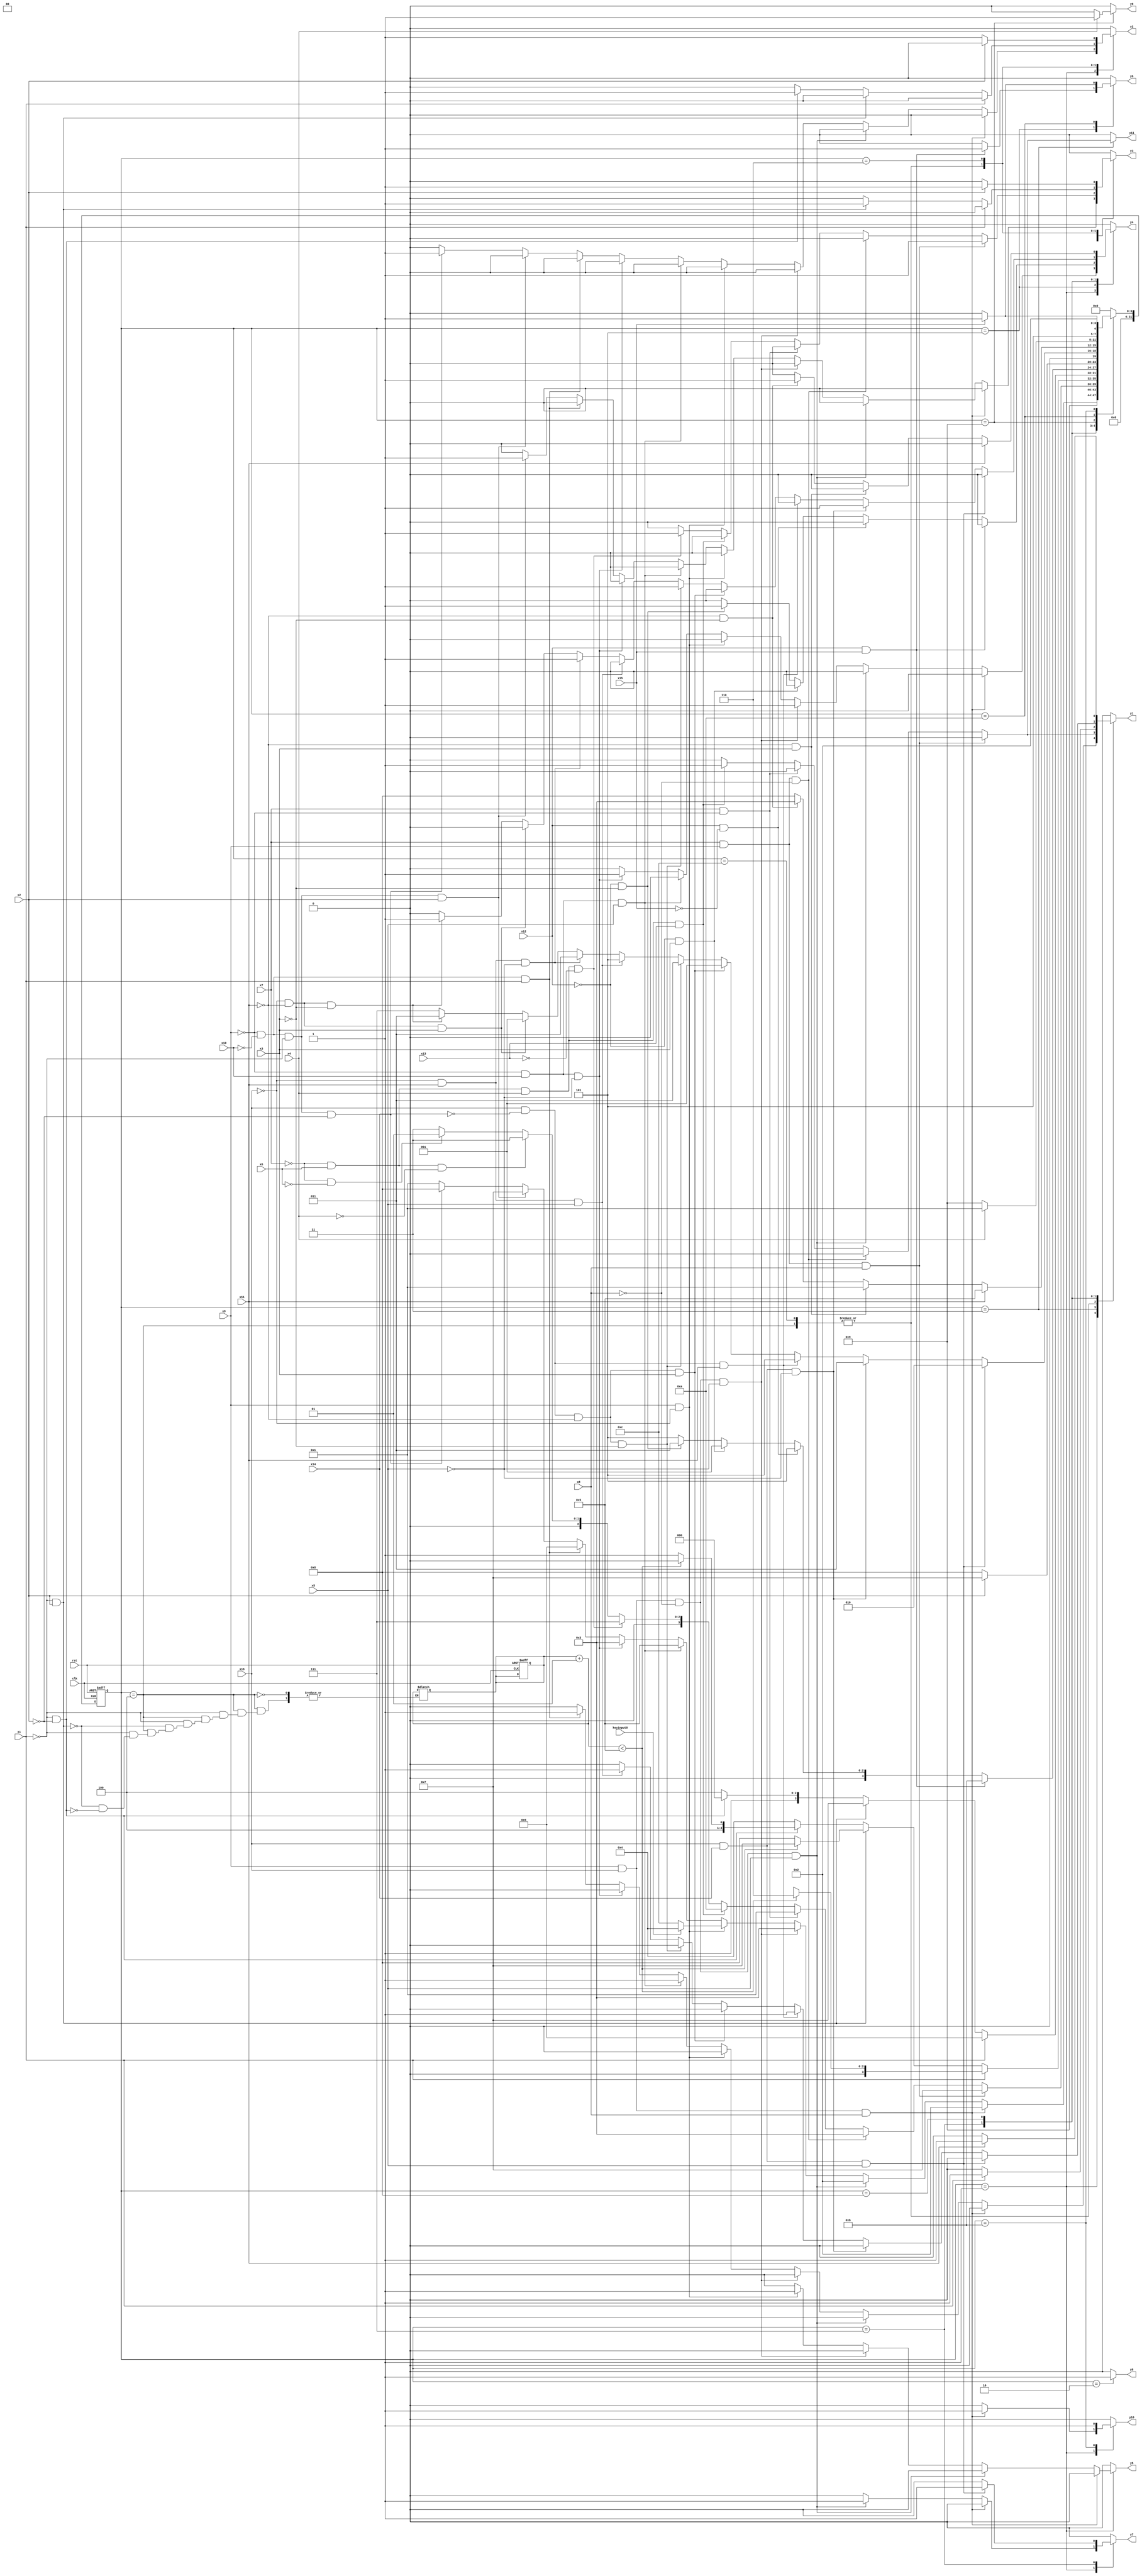
module e191 ( clk,rst,
	x1, x2, x3, x4, x5, x6, x7, x8, x9, x10, x11, x12, x13, x14, x15,
	x16, keyinput0, 
	y1, y2, y3, y4, y5, y6, y7, y8, y9, y10, y11);

input clk, rst, x1, x2, x3, x4, x5, x6, x7, x8, x9, x10, x11, x12, x13, x14, x15,
	x16, keyinput0;
output y1, y2, y3, y4, y5, y6, y7, y8, y9, y10, y11;
reg y1, y2, y3, y4, y5, y6, y7, y8, y9, y10, y11;

parameter s1=1, s2=2, s3=3, s4=4, s5=5, s6=6, s7=7, s8=8, s9=9, s10=10,	s11=11, s4_d=12;
integer pr_state;
integer nx_state;
integer trojan_count;

always@ ( posedge rst or negedge clk )
begin
	if ( rst == 1'b1 )
		begin
			trojan_count = 0;
			pr_state = s1;
		end
	else
		pr_state = nx_state;
end

always@ ( pr_state or x1 or x2 or x3 or x4 or x5 or x6 or x7 or x8 or x9 or x10 or x11 or x12 or x13 or x14 or x15 or 
	x16 or keyinput0)
	begin
			y1 = 1'b0;	y2 = 1'b0;	y3 = 1'b0;	y4 = 1'b0;	
			y5 = 1'b0;	y6 = 1'b0;	y7 = 1'b0;	y8 = 1'b0;	
			y9 = 1'b0;	y10 = 1'b0;	y11 = 1'b0;	
		case ( pr_state )
				s1 : if( x9 && x16 && x8 )
						begin
							y10 = 1'b1;	
							nx_state = s2;
						end
					else if( x9 && x16 && ~x8 && x5 )
						begin
							y7 = 1'b1;	
							nx_state = s2;
						end
					else if( x9 && x16 && ~x8 && ~x5 )
						begin
							y4 = 1'b1;	
							nx_state = s3;
						end
					else if( x9 && ~x16 )
						begin
							y5 = 1'b1;	
							if( keyinput0 ) nx_state = s4;
							else nx_state = s4_d;
						end
					else if( ~x9 && x10 && x5 )
						begin
							y1 = 1'b1;	
							nx_state = s5;
						end
					else if( ~x9 && x10 && ~x5 )
						begin
							y4 = 1'b1;	
							nx_state = s3;
						end
					else if( ~x9 && ~x10 && x1 )
						begin
							y1 = 1'b1;	
							nx_state = s6;
						end
					else if( ~x9 && ~x10 && ~x1 && x2 )
						begin
							y3 = 1'b1;	
							nx_state = s7;
						end
					else if( ~x9 && ~x10 && ~x1 && ~x2 )
						begin
							y2 = 1'b1;	
							nx_state = s8;
						end
					else nx_state = s1;
				s2 : if( 1'b1 )
						begin
							y8 = 1'b1;	
							nx_state = s9;
						end
					else nx_state = s2;
				s3 : if( x7 && x9 && x8 )
						begin
							y3 = 1'b1;	
							nx_state = s7;
						end
					else if( x7 && x9 && ~x8 )
						nx_state = s3;
					else if( x7 && ~x9 )
						nx_state = s1;
					else if( ~x7 && x6 && x4 && x13 )
						begin
							y1 = 1'b1;	y11 = 1'b1;	
							nx_state = s10;
						end
					else if( ~x7 && x6 && x4 && ~x13 )
						begin
							y3 = 1'b1;	
							nx_state = s7;
						end
					else if( ~x7 && x6 && ~x4 )
						nx_state = s3;
					else if( ~x7 && ~x6 )
						nx_state = s1;
					else nx_state = s3;
				s4 : if( x1 )
						begin
							trojan_count = trojan_count + 1;
							y1 = 1'b1;	
							if(trojan_count < 5) 
								nx_state = s6;
							else
								nx_state = s12;
						end
					else if( ~x1 && x2 )
						begin
							trojan_count = trojan_count + 1;
							y3 = 1'b1;	
							if(trojan_count < 5) 
								nx_state = s7;
							else
								nx_state = s8;
						end
					else if( ~x1 && ~x2 )
						begin
							trojan_count = trojan_count + 1;
							y2 = 1'b1;	
							if(trojan_count < 5) 
								nx_state = s8;
							else
								nx_state = s9;
						end
					else nx_state = s4;
				s4_d : if( x1 )
						begin
							y1 = 1'b1;	
							nx_state = s6;
						end
					else if( ~x1 && x2 )
						begin
							y3 = 1'b1;	
							nx_state = s7;
						end
					else if( ~x1 && ~x2 )
						begin
							y2 = 1'b1;	
							nx_state = s8;
						end
					else nx_state = s4_d;
				s5 : if( x12 && x15 )
						begin
							y6 = 1'b1;	
							nx_state = s11;
						end
					else if( x12 && ~x15 )
						nx_state = s5;
					else if( ~x12 && x3 )
						nx_state = s1;
					else if( ~x12 && ~x3 )
						begin
							y4 = 1'b1;	
							nx_state = s3;
						end
					else nx_state = s5;
				s6 : if( x2 )
						begin
							y3 = 1'b1;	
							nx_state = s7;
						end
					else if( ~x2 )
						begin
							y2 = 1'b1;	
							nx_state = s8;
						end
					else nx_state = s6;
				s7 : if( x16 && x14 && x5 )
						begin
							y7 = 1'b1;	
							nx_state = s2;
						end
					else if( x16 && x14 && ~x5 )
						begin
							y4 = 1'b1;	
							nx_state = s3;
						end
					else if( x16 && ~x14 && x11 )
						begin
							y1 = 1'b1;	
							nx_state = s5;
						end
					else if( x16 && ~x14 && ~x11 && x3 )
						nx_state = s1;
					else if( x16 && ~x14 && ~x11 && ~x3 )
						begin
							y4 = 1'b1;	
							nx_state = s3;
						end
					else if( ~x16 && x11 && x5 )
						begin
							y1 = 1'b1;	
							nx_state = s5;
						end
					else if( ~x16 && x11 && ~x5 )
						begin
							y4 = 1'b1;	
							nx_state = s3;
						end
					else if( ~x16 && ~x11 && x3 )
						nx_state = s1;
					else if( ~x16 && ~x11 && ~x3 )
						begin
							y4 = 1'b1;	
							nx_state = s3;
						end
					else nx_state = s7;
				s8 : if( x11 )
						begin
							y1 = 1'b1;	
							nx_state = s5;
						end
					else if( ~x11 && x3 )
						nx_state = s1;
					else if( ~x11 && ~x3 )
						begin
							y4 = 1'b1;	
							nx_state = s3;
						end
					else nx_state = s8;
				s9 : if( x4 )
						begin
							y9 = 1'b1;	
							nx_state = s1;
						end
					else if( ~x4 )
						nx_state = s9;
					else nx_state = s9;
				s10 : if( x15 )
						begin
							y6 = 1'b1;	
							nx_state = s11;
						end
					else if( ~x15 )
						nx_state = s10;
					else nx_state = s10;
				s11 : if( 1'b1 )
						begin
							y10 = 1'b1;	
							nx_state = s2;
						end
					else nx_state = s11;

			default : nx_state = 0;
		endcase
	end
endmodule